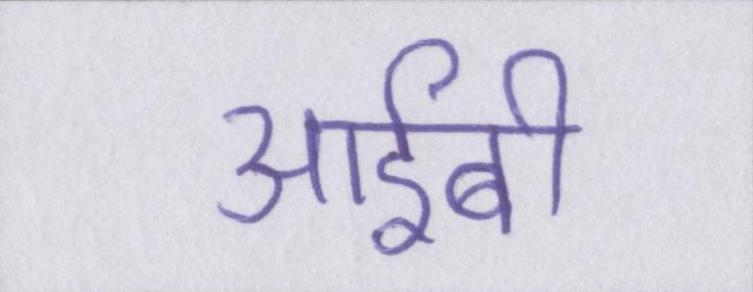
आईबी